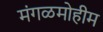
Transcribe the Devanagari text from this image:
मंगळमोहीम